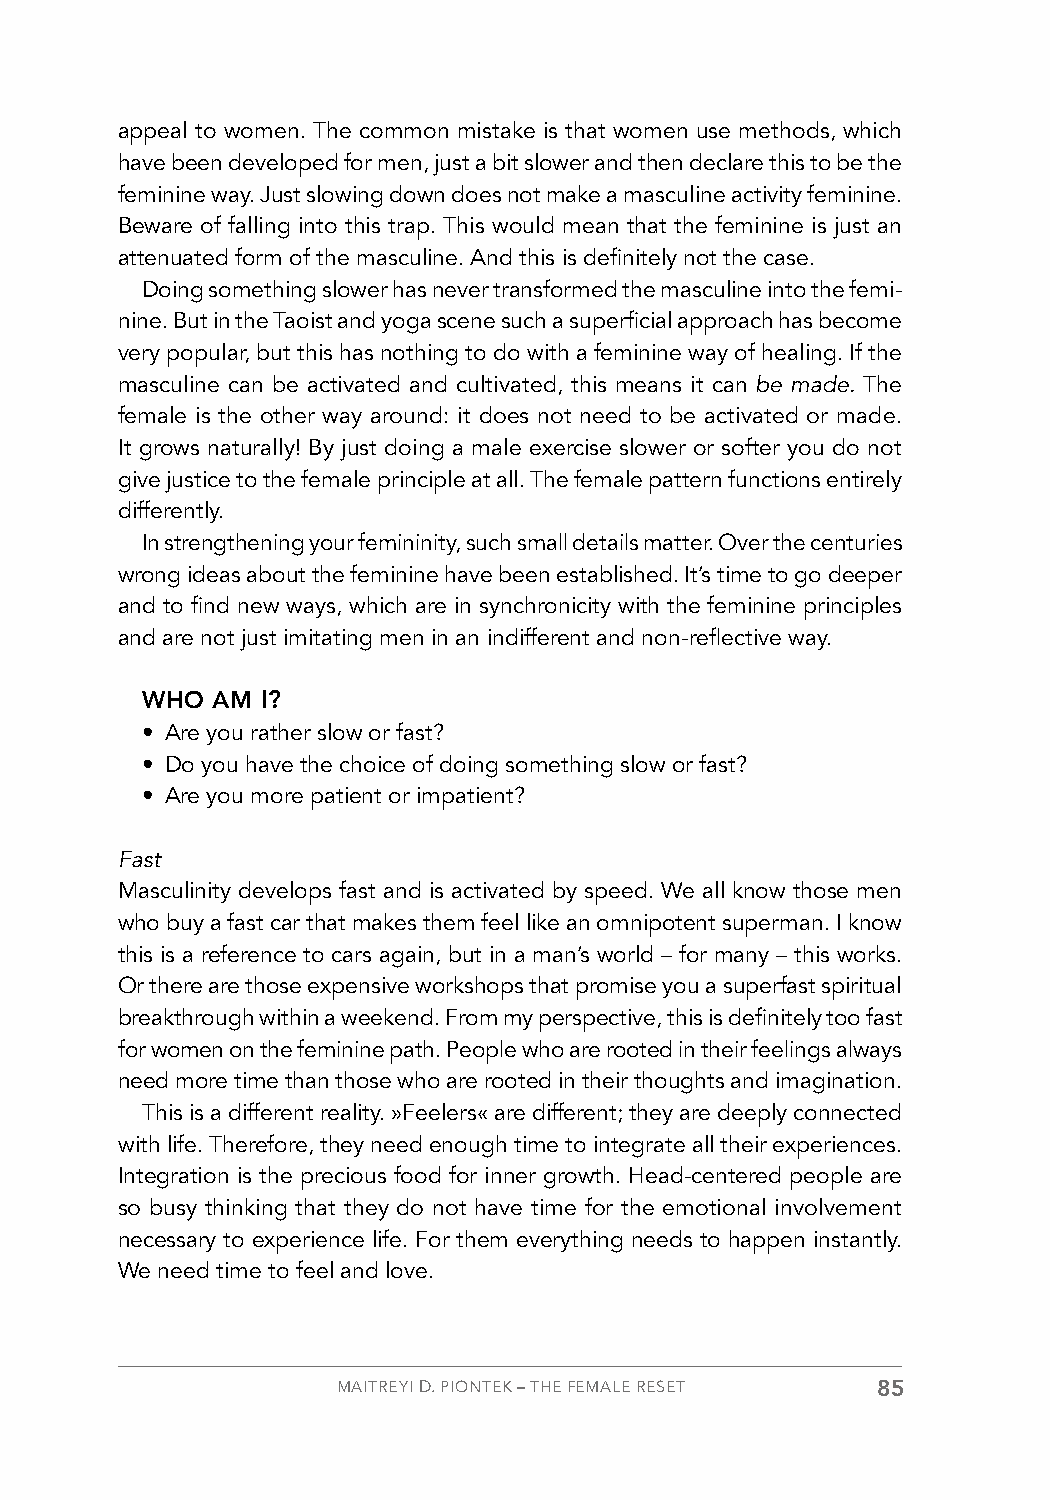
appeal to women. The common mistake is that women use methods, which
 have been developed for men, just a bit slower and then declare this to be the
 feminine way. Just slowing down does not make a masculine activity feminine.
 Beware of falling into this trap. This would mean that the feminine is just an
 attenuated form of the masculine. And this is definitely not the case.
 Doing something slower has never transformed the masculine into the femi-
 nine. But in the Taoist and yoga scene such a superficial approach has become
 very popular, but this has nothing to do with a feminine way of healing. If the
 masculine can be activated and cultivated, this means it can be made. The
 female is the other way around: it does not need to be activated or made.
 It grows naturally! By just doing a male exercise slower or softer you do not
 give justice to the female principle at all. The female pattern functions entirely
 differently.
 In strengthening your femininity, such small details matter. Over the centuries
 wrong ideas about the feminine have been established. It’s time to go deeper
 and to find new ways, which are in synchronicity with the feminine principles
 and are not just imitating men in an indifferent and non-reflective way.
 WHO  AM I?
 • Are you rather slow or fast?
 • Do you have the choice of doing something slow or fast?
 • Are you more patient or impatient?
 Fast
 Masculinity develops fast and is activated by speed. We all know those men
 who buy a fast car that makes them feel like an omnipotent superman. I know
 this is a reference to cars again, but in a man’s world – for many – this works.
 Or there are those expensive workshops that promise you a superfast spiritual
 breakthrough within a weekend. From my perspective, this is definitely too fast
 for women on the feminine path. People who are rooted in their feelings always
 need more time than those who are rooted in their thoughts and imagination.
 This is a different reality. »Feelers« are different; they are deeply connected
 with life. Therefore, they need enough time to integrate all their experiences.
 Integration is the precious food for inner growth. Head-centered people are
 so busy thinking that they do not have time for the emotional involvement
 necessary to experience life. For them everything needs to happen instantly.
 We need time to feel and love.
 MAITREYI D. PIONTEK – THE FEMALE RESET 85